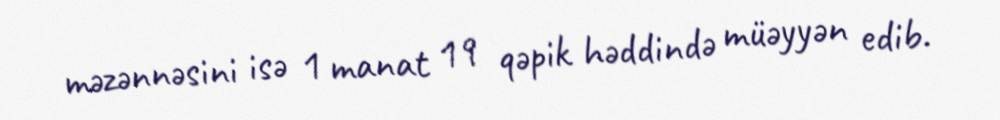
məzənnəsini isə 1 manat 19 qəpik həddində müəyyən edib.